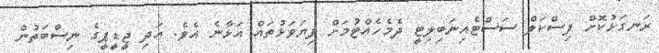
ރަނގަޅުކޮށް ފިސްކަލް ސަސްޓެއިނަބިލިޓީ ދެމެހެއްޓުމަށް ފިޔަވަޅުތައް އަޅާނެ އެވެ. އަދި ޖީޑީޕީގެ ނިސްބަތުން